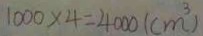
1 0 0 0 \times 4 = 4 0 0 0 ( c m ^ { 3 } )